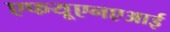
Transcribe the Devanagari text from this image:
एफयूएनएआई